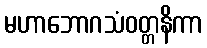
မဟာဘောဂသံဝတ္တနိကာ